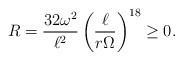
\begin{align*}R= \frac{32\omega^2}{\ell^2}\left(\frac{\ell}{r\Omega}\right)^{18}\ge0.\end{align*}